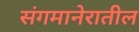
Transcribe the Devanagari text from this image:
संगमानेरातील